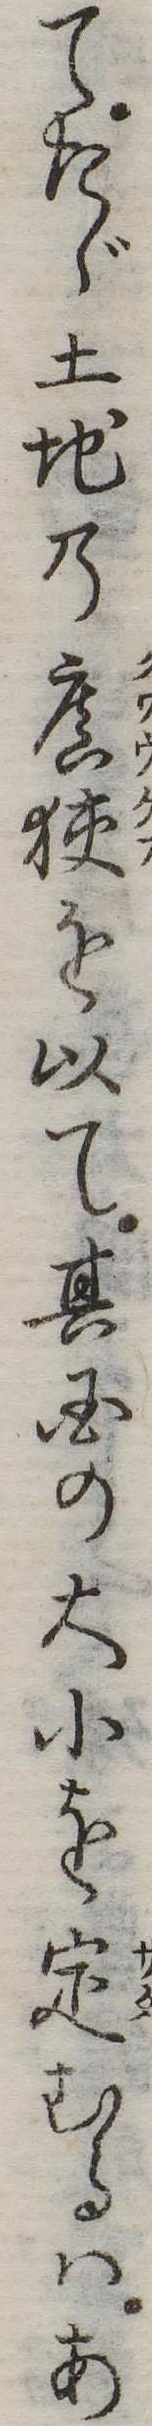
てたゞ土地の広狭を以て其国の大小を定むるはあ